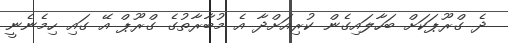
ދެ ގްރޫޕަކަށް ބަހާލައިގެން ކުރިއަށްދާ އެ މުބާރާތުގެ ގްރޫޕް އޭ ގައި ހިމެނެނީ